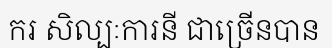
ករ សិល្បៈការនី ជាច្រើនបាន